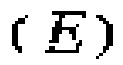
$(\mathbb{I})$